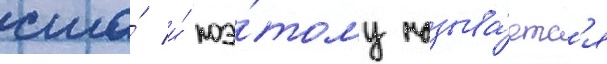
сша́ и́ поэ́тому называ́етс'я